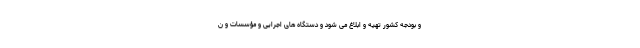
و بودجه کشور تهیه و ابلاغ می شود و دستگاه های اجرایی و مؤسسات و ن